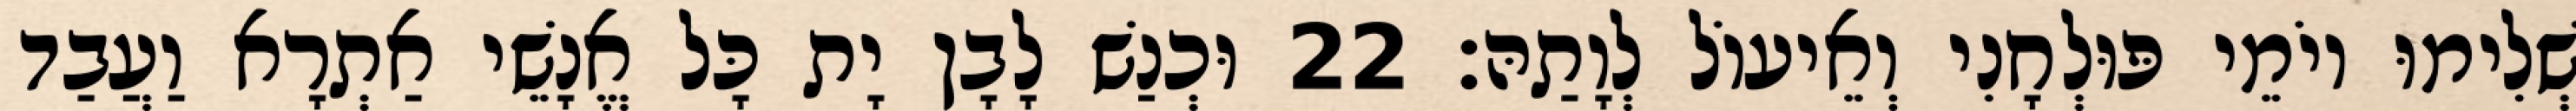
שְׁלִימוּ יוֹמֵי פּוּלְחָנִי וְאֵיעוֹל לְוָתַהּ׃ 22 וּכְנַשׁ לָבָן יָת כָּל אֱנָשֵׁי אַתְרָא וַעֲבַד